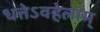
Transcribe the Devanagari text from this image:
धत्तेऽवहेलाम्